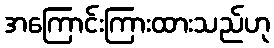
အကြောင်းကြားထားသည်ဟု